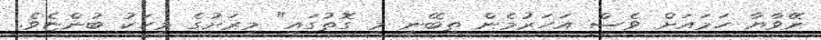
ނޭވާޔާ ހަމައަށް ވެސް އަހަރުމެން ތިބޭނީ މި ގޮތުގައި" މިރަށުގެ މީހަކު ބުންޏެވެ.